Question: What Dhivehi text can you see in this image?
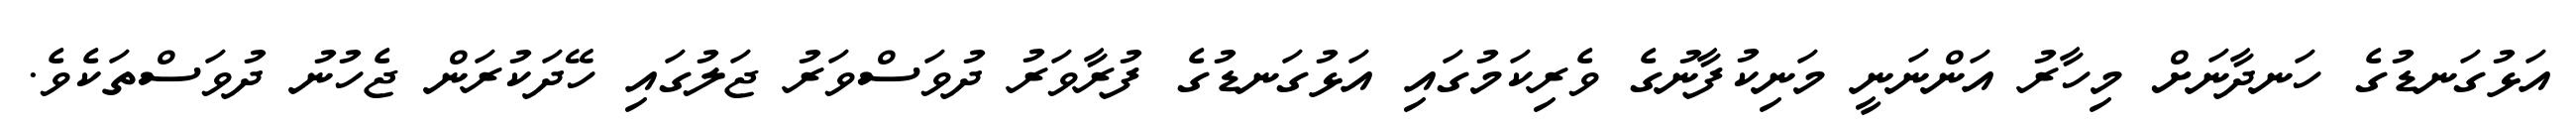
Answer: އަޅުގަނޑުގެ ހަނދާނަށް މިހާރު އަންނަނީ މަނިކުފާނުގެ ވެރިކަމުގައި އަޅުގަނޑުގެ ފުރާވަރު ދުވަސްވަރު ޖަލުގައި ހޭދަކުރަން ޖެހުނު ދުވަސްތަކެވެ.